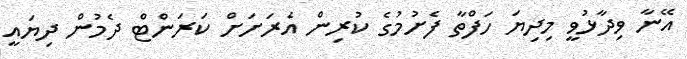
އޭނާ ވިދާޅުވީ މިދިޔަ ހަފްތާ ފެށުމުގެ ކުރިން އެރަށަށް ކަރަންޓް ދެމުން ދިޔައީ